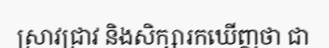
ស្រាវជ្រាវ និងសិក្សារកឃើញថា ជា